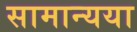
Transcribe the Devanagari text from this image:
सामान्यया